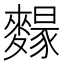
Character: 𪍭